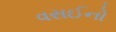
વસઈનો